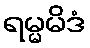
ရမ္မမိဒံ